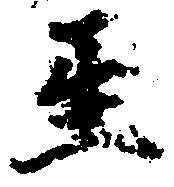
至